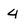
Character: 4